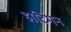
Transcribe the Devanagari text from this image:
हार्टिगन